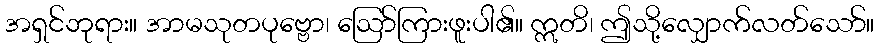
အရှင်ဘုရား။ အာမသုတပုဗ္ဗော၊ ဩော်ကြားဖူးပါ၏။ ဣတိ၊ ဤသို့လျှောက်လတ်သော်။